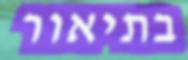
בתיאור